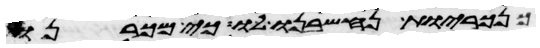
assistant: כנכריות נחשבנו לו כי מכרנו